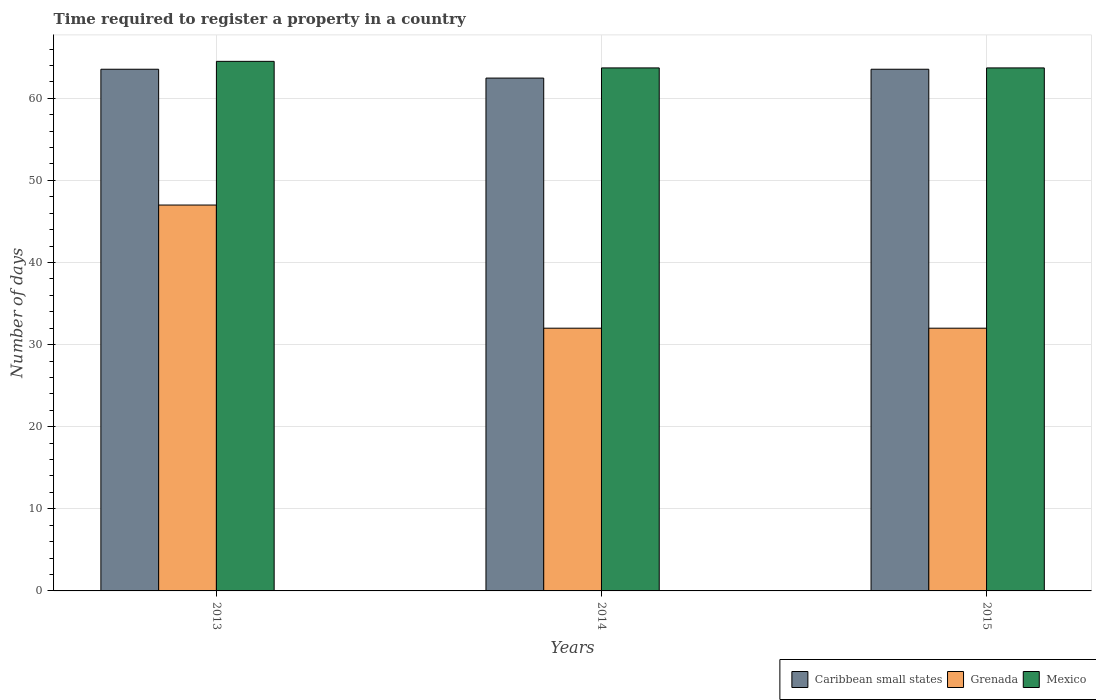
| Years | Caribbean small states | Grenada | Mexico |
 | --- | --- | --- | --- |
 | 2013 | 63.5 | 47 | 64.5 |
 | 2014 | 62.5 | 32 | 63.7 |
 | 2015 | 63.5 | 32 | 63.7 |